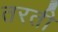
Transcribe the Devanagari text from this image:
तरती